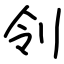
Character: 刢